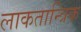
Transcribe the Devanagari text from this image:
लाकतान्त्रिक